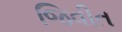
જિવીત